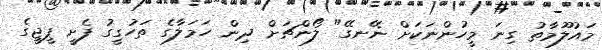
މައުލޫމާތު ގިނަ މީހުންނަކަށް ނޭނގޭ" ލޯންޗަށް ދިން ހަމަލާގެ ތަހުގީގު ފެށީ ޕީޖީގެ